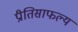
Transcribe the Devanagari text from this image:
प्रीतिसाफल्य